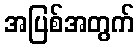
အပြစ်အတွက်